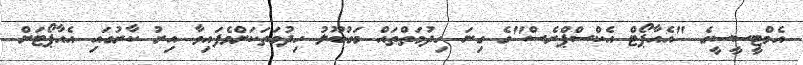
އެމްޓީސީސީގެ "އެއާޕޯޓް އެކްސްޕްރެސް"ގެ ގިނަ ހިދުމަތްތައް މަގުބޫލު ހިދުމަތަކަށްވެފައިވާ އިރު ކާރުގައި އެއާޕޯޓަށް